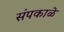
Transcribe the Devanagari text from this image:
संपकाळे